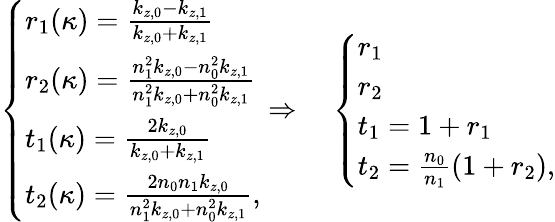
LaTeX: \left\{ \begin{array}{ll}{r_{1}(\kappa)=\frac{k_{z,0}-k_{z,1}}{k_{z,0}+k_{z,1}}}\\ {r_{2}(\kappa)=\frac{n_{1}^{2}k_{z,0}-n_{0}^{2}k_{z,1}}{n_{1}^{2}k_{z,0}+n_{0}^{2}k_{z,1}}}\\ {t_{1}(\kappa)=\frac{2k_{z,0}}{k_{z,0}+k_{z,1}}}\\ {t_{2}(\kappa)=\frac{2n_{0}n_{1}k_{z,0}}{n_{1}^{2}k_{z,0}+n_{0}^{2}k_{z,1}},}\end{array}\right.\Rightarrow\quad\left\{ \begin{array}{ll}{r_{1}}\\ {r_{2}}\\ {t_{1}=1+r_{1}}\\ {t_{2}=\frac{n_{0}}{n_{1}}(1+r_{2}),}\end{array}\right.